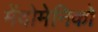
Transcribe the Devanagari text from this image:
मेंदोमेनिको